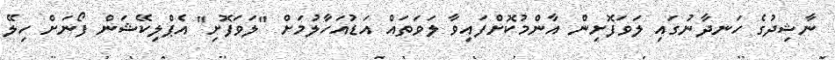
ނާޝިދުގެ ހަނދާނުގައި ލަވަފޮށިން އާންމުކޮށްފައިވާ ލަވަތައް އަޑުއަހާލުމަށް "ލަވަފޮށި" އެޕްލިކޭޝަން ފޯނަށް ހިލޭ